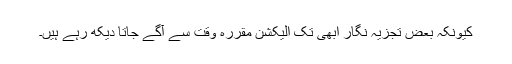
کیونکہ بعض تجزیہ نگار ابھی تک الیکشن مقررہ وقت سے آگے جاتا دیکھ رہے ہیں۔